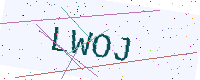
Text: LWOJ